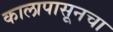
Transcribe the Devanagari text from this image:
कालापासूनचा